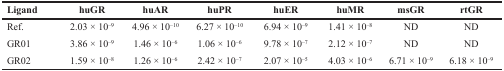
<table><thead><tr><td><b>Ligand</b></td><td><b>huGR</b></td><td><b>huAR</b></td><td><b>huPR</b></td><td><b>huER</b></td><td><b>huMR</b></td><td><b>msGR</b></td><td><b>rtGR</b></td></tr></thead><tbody><tr><td>Ref.</td><td>2.03 × 10<sup>–9</sup></td><td>4.96 × 10<sup>–10</sup></td><td>6.27 × 10<sup>–10</sup></td><td>6.94 × 10<sup>–9</sup></td><td>1.41 × 10<sup>–8</sup></td><td>ND</td><td>ND</td></tr><tr><td>GR01</td><td>3.86 × 10<sup>–9</sup></td><td>1.46 × 10<sup>–6</sup></td><td>1.06 × 10<sup>–6</sup></td><td>9.78 × 10<sup>–7</sup></td><td>2.12 × 10<sup>–7</sup></td><td>ND</td><td>ND</td></tr><tr><td>GR02</td><td>1.59 × 10<sup>–8</sup></td><td>1.26 × 10<sup>–6</sup></td><td>2.42 × 10<sup>–7</sup></td><td>2.07 × 10<sup>–5</sup></td><td>4.03 × 10<sup>–6</sup></td><td>6.71 × 10<sup>–9</sup></td><td>6.18 × 10<sup>–9</sup></td></tr></tbody></table>